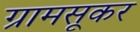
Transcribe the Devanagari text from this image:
ग्रामसूकर